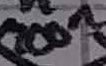
Text: 100n